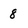
Character: 8